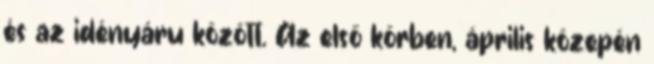
és az idényáru között. Az első körben, április közepén